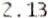
2.13